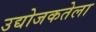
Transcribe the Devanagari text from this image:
उद्योजकतेला